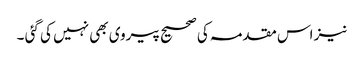
نیز اس مقدمہ کی صحیح پیروی بھی نہیں کی گئی ۔